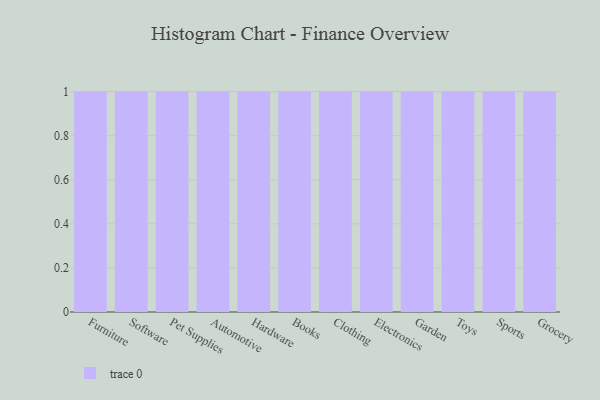
{"axis": {"x": "Category", "y": "Tickets Resolved"}, "legend": [""], "data": [{"x": "Furniture", "y": 58, "type": ""}, {"x": "Software", "y": 93, "type": ""}, {"x": "Pet Supplies", "y": 56, "type": ""}, {"x": "Automotive", "y": 7, "type": ""}, {"x": "Hardware", "y": 65, "type": ""}, {"x": "Books", "y": 70, "type": ""}, {"x": "Clothing", "y": 23, "type": ""}, {"x": "Electronics", "y": 91, "type": ""}, {"x": "Garden", "y": 69, "type": ""}, {"x": "Toys", "y": 54, "type": ""}, {"x": "Sports", "y": 50, "type": ""}, {"x": "Grocery", "y": 90, "type": ""}]}